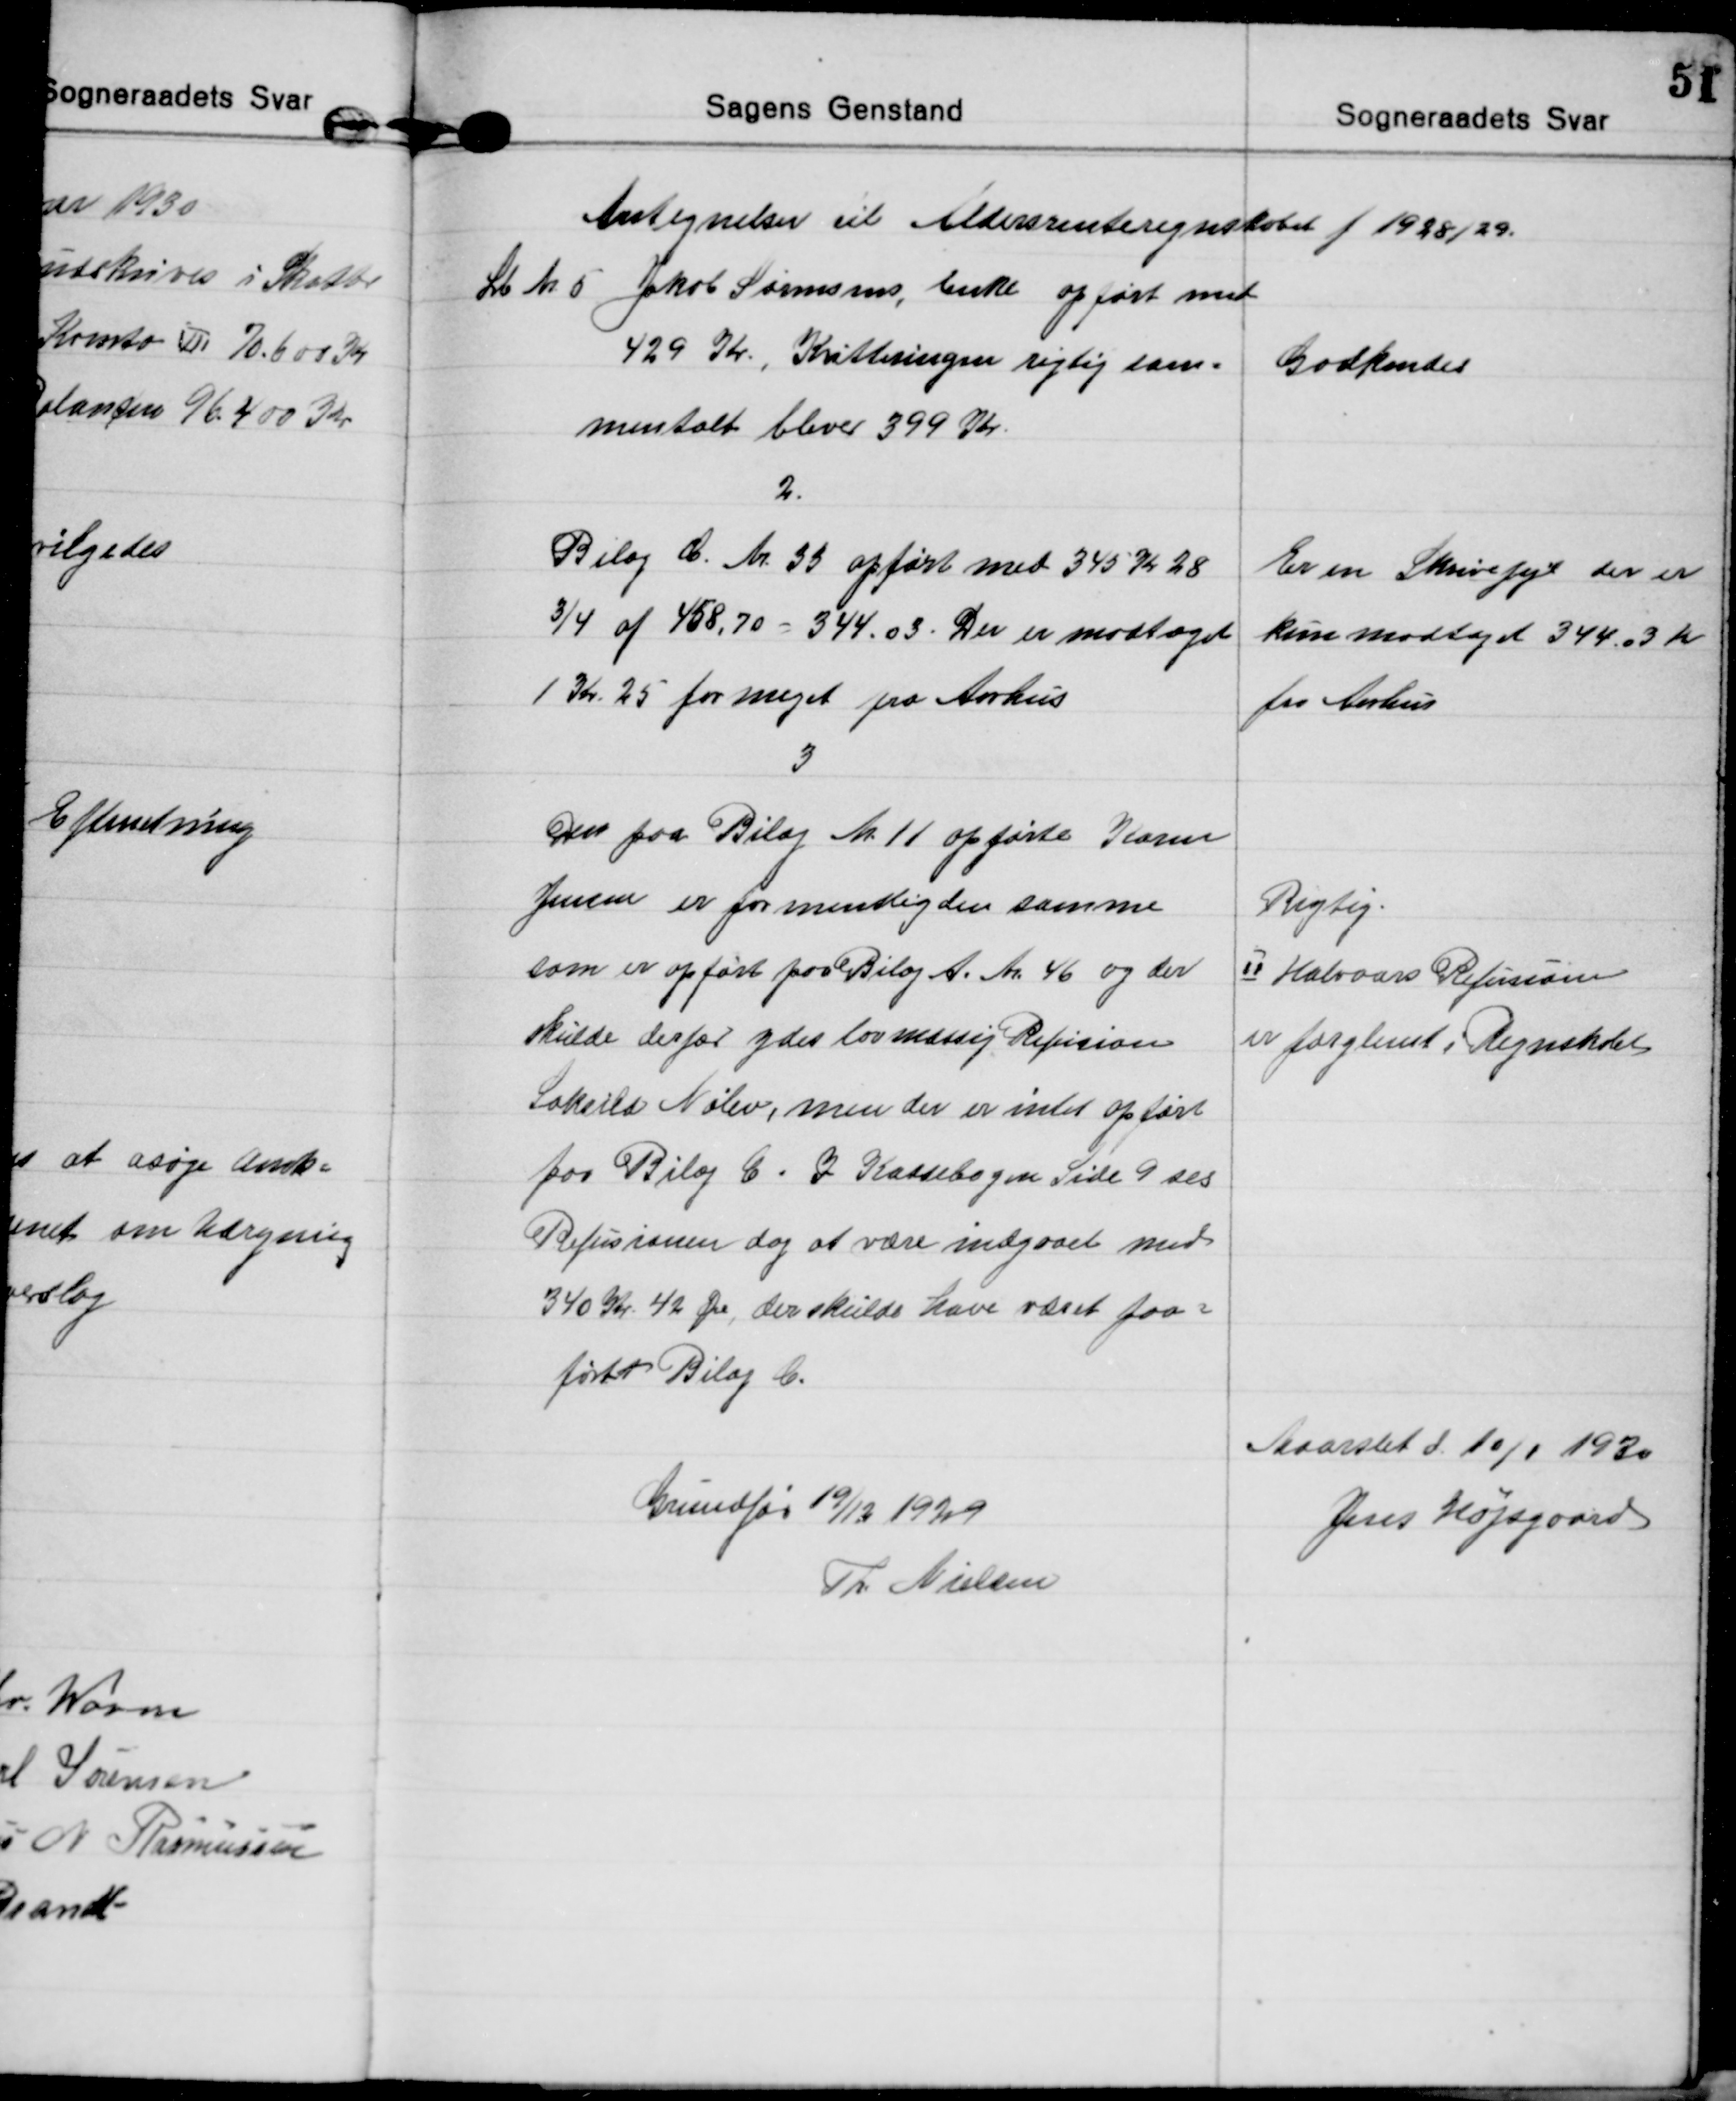
Transskription:
Antegnelser til Aldersrenteregnskabet f 1928/29.

Lb Nr 5 Jakob Sørensens, Enke opført med
429 Kr., Kvitteringen rigtig sam=
mentalt bliver 399 Kr.
Godkendes

2.
Bilag C. Nr. 33 opført med 345 Kr 28
¾ af 458,70 = 344.03. Der er modtaget
1 Kr. 25 for meget fra Aarhus
Er en Skrivefejl der er
kun modtaget 344.03 Kr
fra Aarhus

3
Den paa Bilag Nr. 11 opførte Karen
Jensen er formentlig den samme
som er opført paa Bilag A. Nr. 46 og der
skulde derfor ydes lovmæssig Refusion
Saksild Nølev, men der er intet opført
for Bilag C. I Kassebogen Side 9 ses
Refusionen dog at være indgaaet med
340 Kr. 42 Øre, der skulde have været paa=
ført Bilag C.
Rigtig.
Ⅱ Halvaars Refusion
er forglemt i Regnskabet

Grundfør 19/12 1929
Th Nielsen

Maarslet d. 10/1 1930
Jens Højsgaard